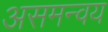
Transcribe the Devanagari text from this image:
असमन्वय